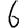
Digit: 6